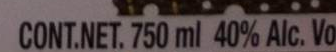
CONT.NET.750 ml 40% Alc. Vo